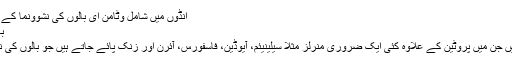
انڈوں میں شامل وٹامن ای بالوں کی نشوونما کے لئے بہترین کردار ادا کرتا ہے
بالوں کے لئے انڈوں کے فوائد :
انڈے سلفر کا ایک بڑا ذریعہ ہیں جن میں پروٹین کے علاوہ کئی ایک ضروری منرلز مثلاً سیلینیئم، آیوڈین، فاسفورس، آئرن اور زنک پائے جاتے ہیں جو بالوں کی نشوونما کے لئے زبردست ہیں۔